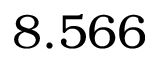
8 . 5 6 6